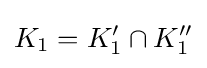
K_{1}=K_{1}'\cap K_{1}''